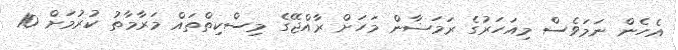
އެހެން ނަަމަވެސް މިއަހަރުގެ ރަމަޟާން މަހަށް ރާއްޖޭގެ މިސްކިތްތައް މަރާމާތު ކުރުމަށް 10